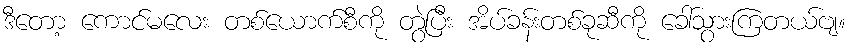
ဒီတော့ ကောင်မလေး တစ်ယောက်စီကို တွဲပြီး အိပ်ခန်းတစ်ခုဆီကို ခေါ်သွားကြတယ်ဗျ။